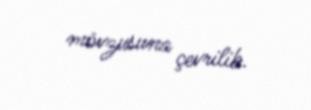
mövzusuna çevrilib.